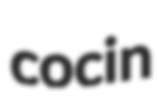
cocin